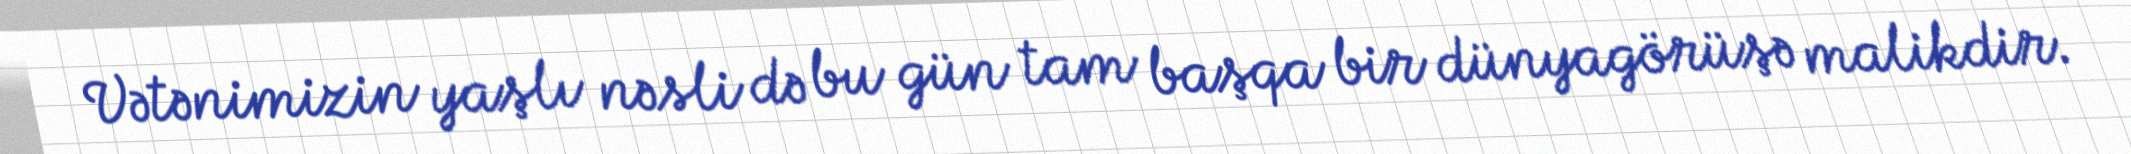
Vətənimizin yaşlı nəsli də bu gün tam başqa bir dünyagörüşə malikdir.